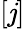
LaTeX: [\mathit{j}]